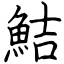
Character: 鮚